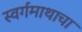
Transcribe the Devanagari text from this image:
स्वर्गमाथाचा